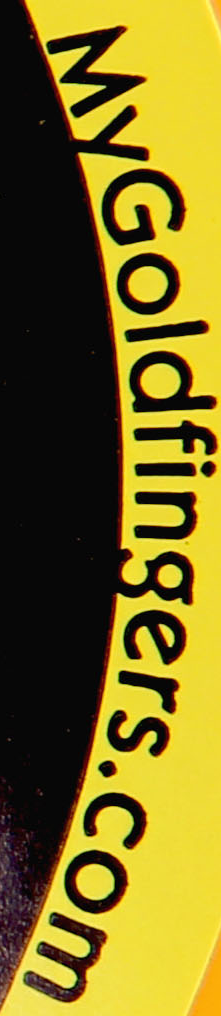
Mygoldfingers.com